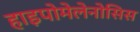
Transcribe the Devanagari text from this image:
हाइपोमेलेनोसिस